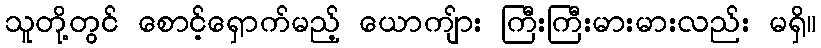
သူတို့တွင် စောင့်ရှောက်မည့် ယောကျ်ား ကြီးကြီးမားမားလည်း မရှိ။